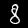
Digit: 8